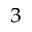
^ 3